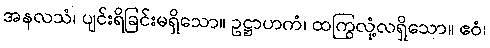
အနလသံ၊ ပျင်းရိခြင်းမရှိသော။ ဥဋ္ဌာဟကံ၊ ထကြွလုံ့လရှိသော။ ဧဝံ၊